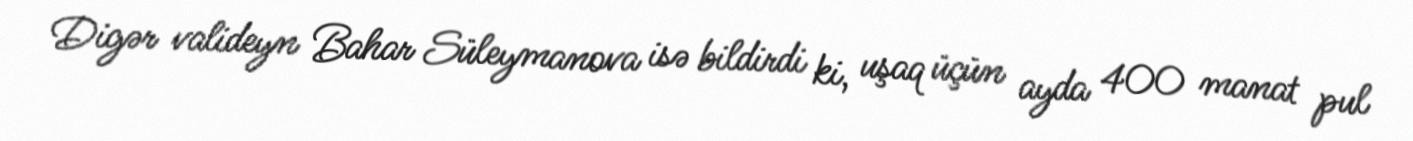
Digər valideyn Bahar Süleymanova isə bildirdi ki, uşaq üçün ayda 400 manat pul